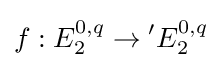
f:E_{2}^{0,q}\to {}^{\prime }E_{2}^{0,q}